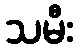
သမီး